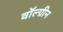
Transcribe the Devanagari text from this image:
वॉल्ग्रीन